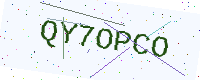
Text: QY7OPCO